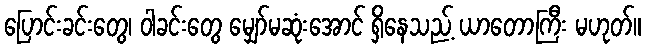
ပြောင်းခင်းတွေ၊ ဝါခင်းတွေ မျှော်မဆုံးအောင် ရှိနေသည့် ယာတောကြီး မဟုတ်။